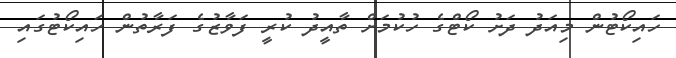
ހައިކޯޓުން މިއަދު ދަށު ކޯޓްގެ ހުކުމަށް ތާއީދު ކުރީ ފަވާޒުގެ ފަރާތުން ހައިކޯޓުގައި